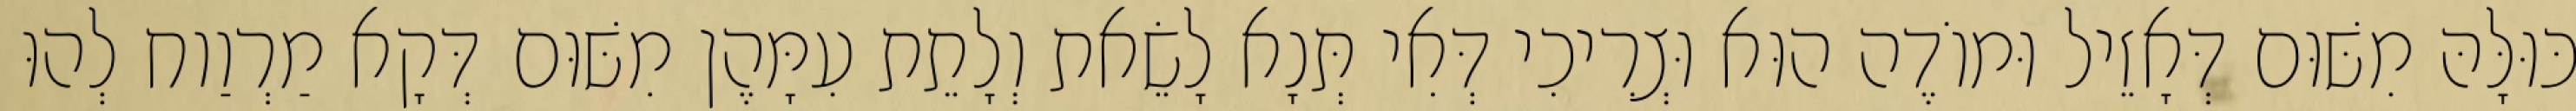
כּוּלָּהּ מִשּׁוּם דְּאָזֵיל וּמוֹדֶה הוּא וּצְרִיכִי דְּאִי תְּנָא לָשֵׂאת וְלָתֵת עִמָּהֶן מִשּׁוּם דְּקָא מַרְוַוח לְהוּ